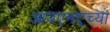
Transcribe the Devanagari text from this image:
आयएमएच्या